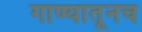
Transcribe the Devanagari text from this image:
गाण्यातूनच